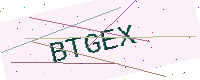
Text: BTGEX